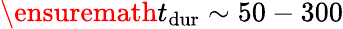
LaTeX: \ensuremath{t_{\mathrm{dur}}}\sim 50-300